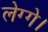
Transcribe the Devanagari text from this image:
लेग्गे।